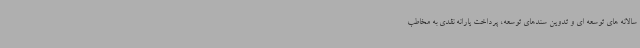
سالانه های توسعه ای و تدوین سندهای توسعه، پرداخت یارانه نقدی به مخاطب